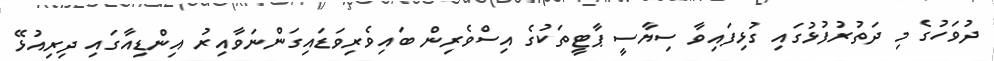
ދުވަހުގެ މި ދަތުރުފުޅުގައި ގުޅިފައިވާ ސިޔާސީ ޕާޓީތަކުގެ އިސްވެރިން ބައިވެރިވަޑައިގަންނަވާއިރު އިންޑިއާގައި ދިރިއުޅޭ